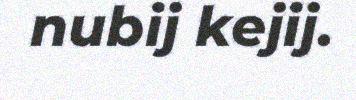
nubij kejij.